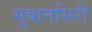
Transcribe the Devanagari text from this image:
सुबानसिरी